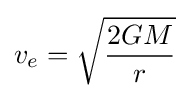
v_{e}={\sqrt {\frac {2GM}{r}}}